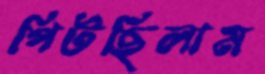
পিটছিলাম